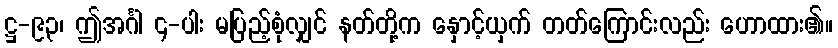
ဋ္ဌ-၉၃၊ ဤအင်္ဂါ ၄-ပါး မပြည့်စုံလျှင် နတ်တို့က နှောင့်ယှက် တတ်ကြောင်းလည်း ဟောထား၏။